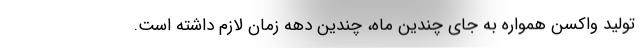
تولید واکسن همواره به جای چندین ماه، چندین دهه زمان لازم داشته است.